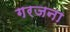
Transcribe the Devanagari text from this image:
गरजना